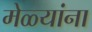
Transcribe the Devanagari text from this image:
मेळ्यांना